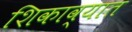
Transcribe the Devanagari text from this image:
शिकाव्यात